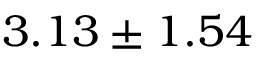
3 . 1 3 \pm 1 . 5 4